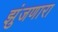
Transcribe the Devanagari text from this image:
झुंजणारा